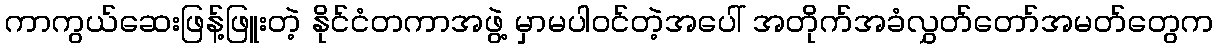
ကာကွယ်ဆေးဖြန့်ဖြူးတဲ့ နိုင်ငံတကာအဖွဲ့ မှာမပါ၀င်တဲ့အပေါ် အတိုက်အခံလွှတ်တော်အမတ်တွေက